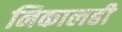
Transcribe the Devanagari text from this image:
निकालही